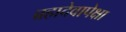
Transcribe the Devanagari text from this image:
ब्रह्मदेवापेक्षा